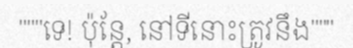
"""ទេ! ប៉ុន្តែ, នៅទីនោះត្រូវនឹង"""